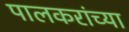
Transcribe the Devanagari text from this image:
पालकरांच्या